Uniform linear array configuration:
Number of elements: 64
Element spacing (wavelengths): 0.5
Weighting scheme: hamming
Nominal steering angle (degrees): -30
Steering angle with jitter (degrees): -30.204
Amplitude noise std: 0.05
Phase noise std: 0.05

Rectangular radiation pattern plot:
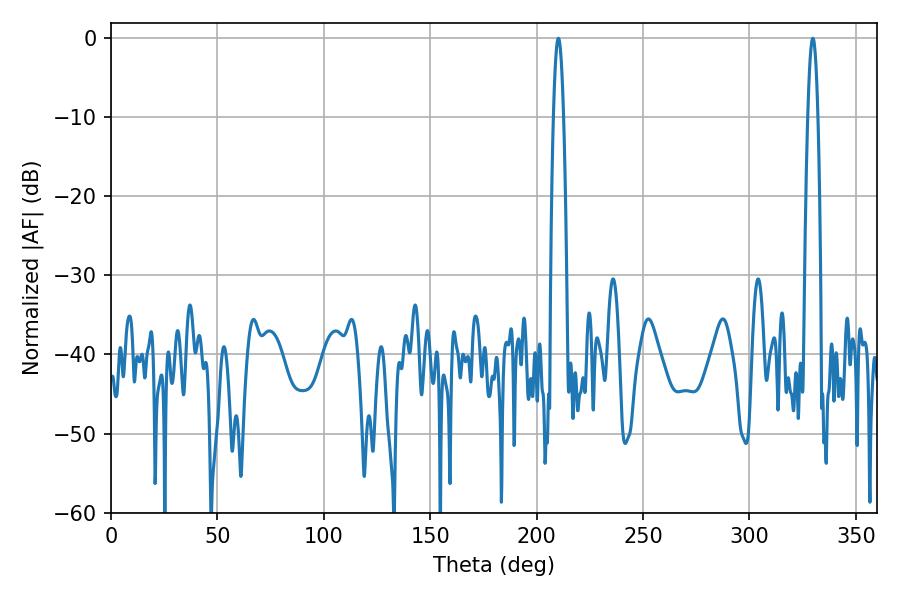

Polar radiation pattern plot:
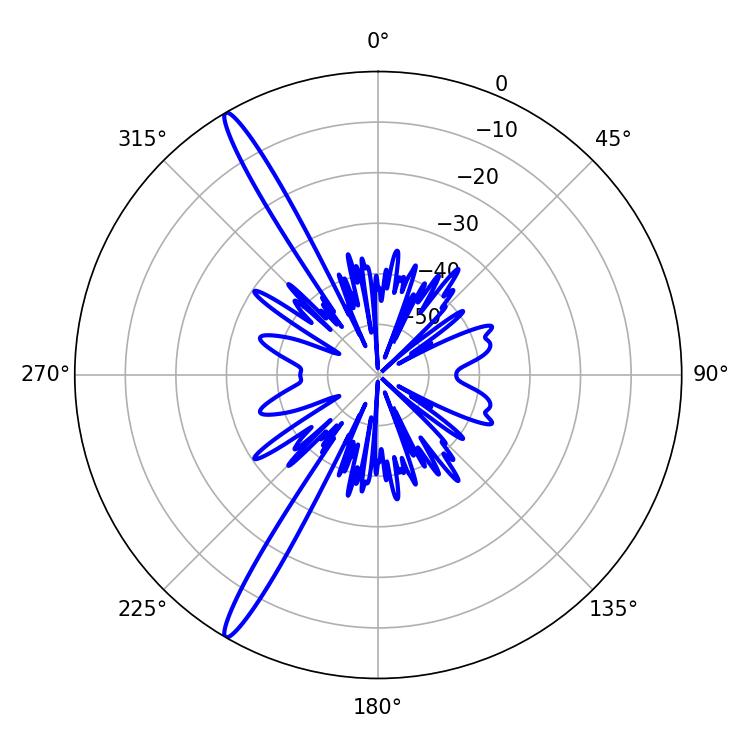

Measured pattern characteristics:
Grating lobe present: FALSE
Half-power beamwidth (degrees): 2.52
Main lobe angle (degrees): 210.24